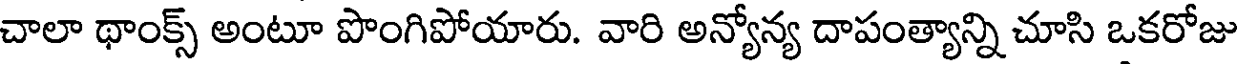
చాలా థాంక్స్ అంటూ పొంగిపోయారు. వారి అన్యోన్య దాపంత్యాన్ని చూసి ఒకరోజు